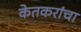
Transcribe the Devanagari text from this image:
केतकरांचा